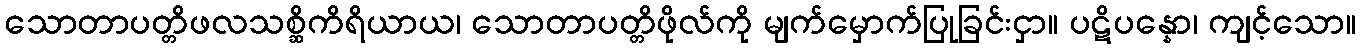
သောတာပတ္တိဖလသစ္ဆိကိရိယာယ၊ သောတာပတ္တိဖိုလ်ကို မျက်မှောက်ပြုခြင်းငှာ။ ပဋိပန္နော၊ ကျင့်သော။